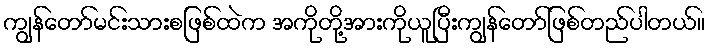
ကျွန်တော်မင်းသားစဖြစ်ထဲက အကိုတို့အားကိုယူပြီးကျွန်တော်ဖြစ်တည်ပါတယ်။